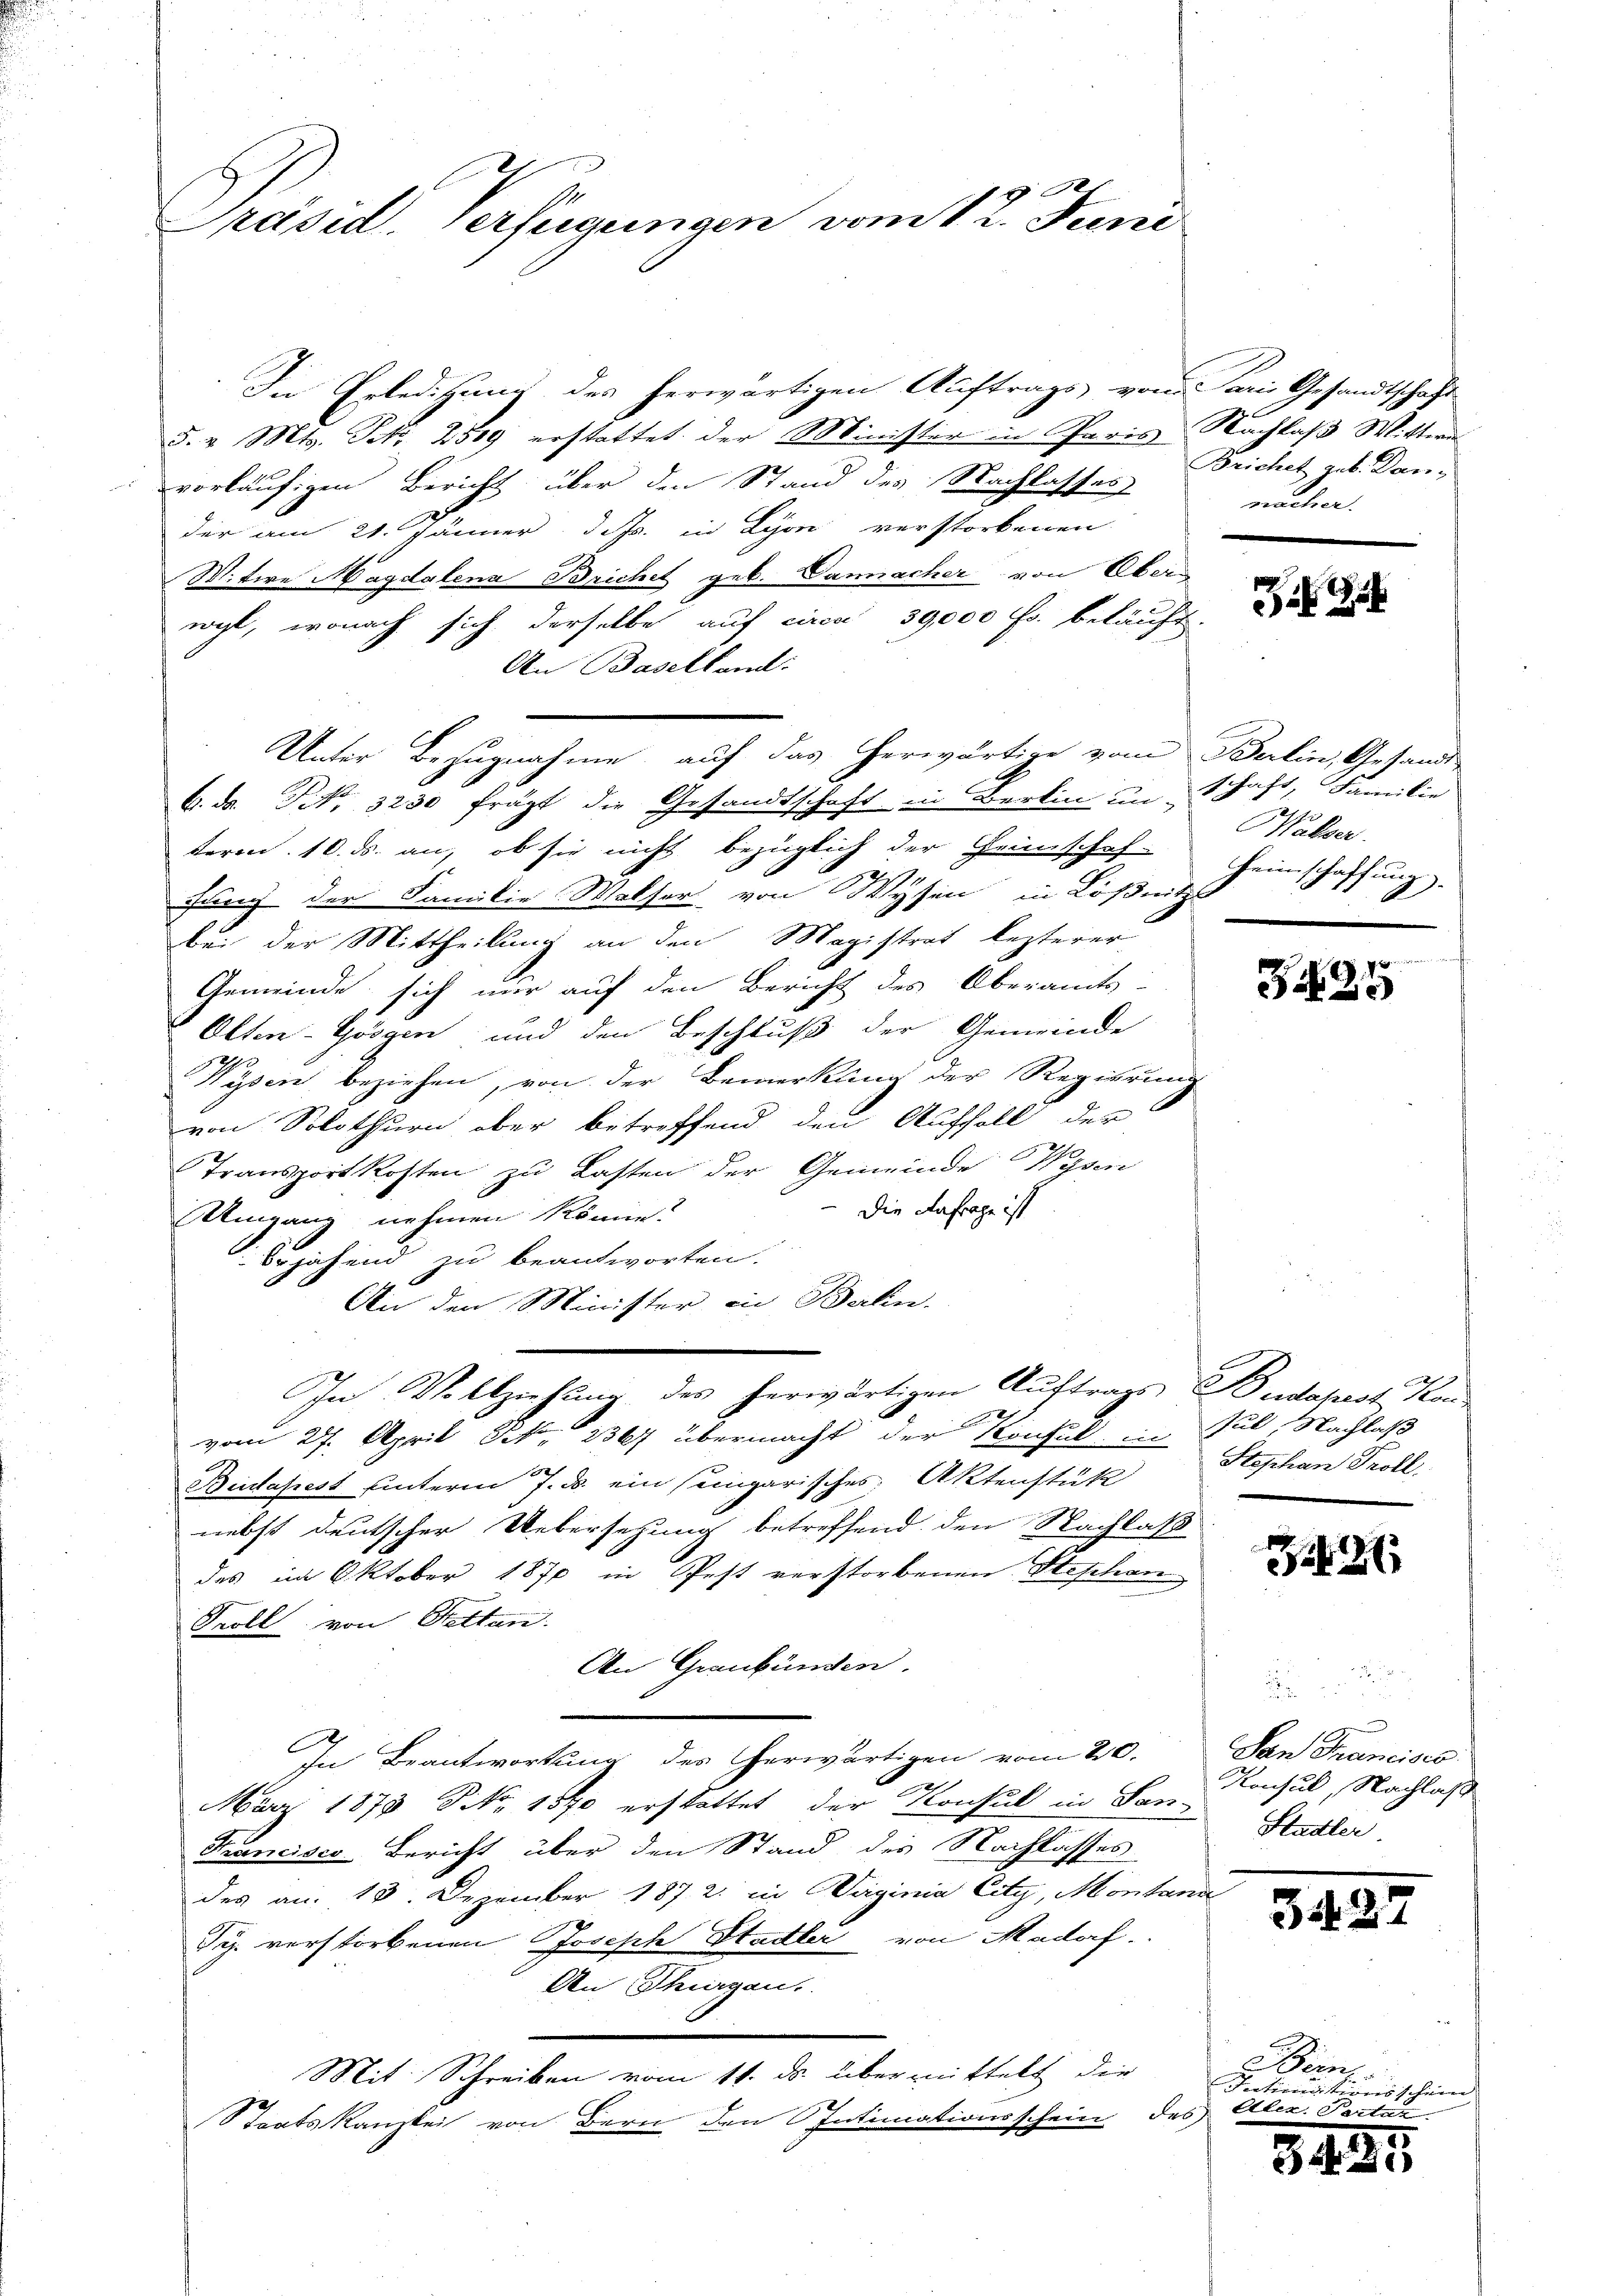
xx
Präsid. Verfügungen vom 11. Juni

In Erledigung des herwärtigen Auftrags von Paris Gesandtschaft
5. v. Mts. S. 2519 erstattet der Minister in Paris Nachlaß Witten
vorläufigen Bericht über den Stand des Nachlasses
der am 21. Jänner d. Js. in Lyon verstorbenen
Witire Magdalena Brichet geb. Dannacher von Oberwyl, wonach sich derselbe auf circa 39,000 Fr. beläuft.
An Baselland:
Unter Bezugnahme auf das herwärtige vom Berlin, Gesandt
6. ds. Tit. 3230 frägt die Gesandtschaft in Berlin unschaft, Familie
term 10. ds. an, ob sie nicht bezüglich der Geschaf-
fung der Familie Walser von Wysen in Lösnitzs
bei der Mittheilung an den Magistrat lezterer
Gemeinde sich nur auf den Bericht des Oberamts-
Olten-Görgen und den Beschluß der Gemeinde
Wysen beziehen, von der Bemerkung der Regierung
von Solothurn aber betreffend den Auffall der
Transportkosten zu Lasten der Gemeinde Wysen
Die Anfrage ist
Umgang nehmen könne.
bejahend zu beantworten.
An den Minister in Balin.
In Vollziehung des herwärtigen Auftrags Budapest, Kan¬
2
vom 27. April N. 2367 übermacht der Konsul in Sul, Nachlaß
Budapest unterm 7. ds. ein seingarisches Aktenstützt Stephan Troll,
nebst deutscher Uebersetzung betreffend den Nachlaß
des im Oktober 1870 in Pest verstorbenen Steschan
Soll von Betten.
An Graubünden.
E
In Beantwortung des herwärtigen vom 20.
März 1879 S. 1570 erstattet der Konsul in San-Stadler.
Francisco Bericht über den Stand des Nachlasses
des an. 13. Dezember 1872. in Waginia City, Montani
Sy. verstorbenen Joseph Stadler von Madorf.
An Thurgau.
Mit Schreiben vom 11. ds. übermittelt die
Staatskanzlei von Bern den Intimationsschein des

Brichet geb. Rang
macher.

Walser
Heimschaffung

425

2

d

San Francisco
Konsul, Nachlaß

3427

u Dein
Intimationsschein |
Etler. Parten

34

1